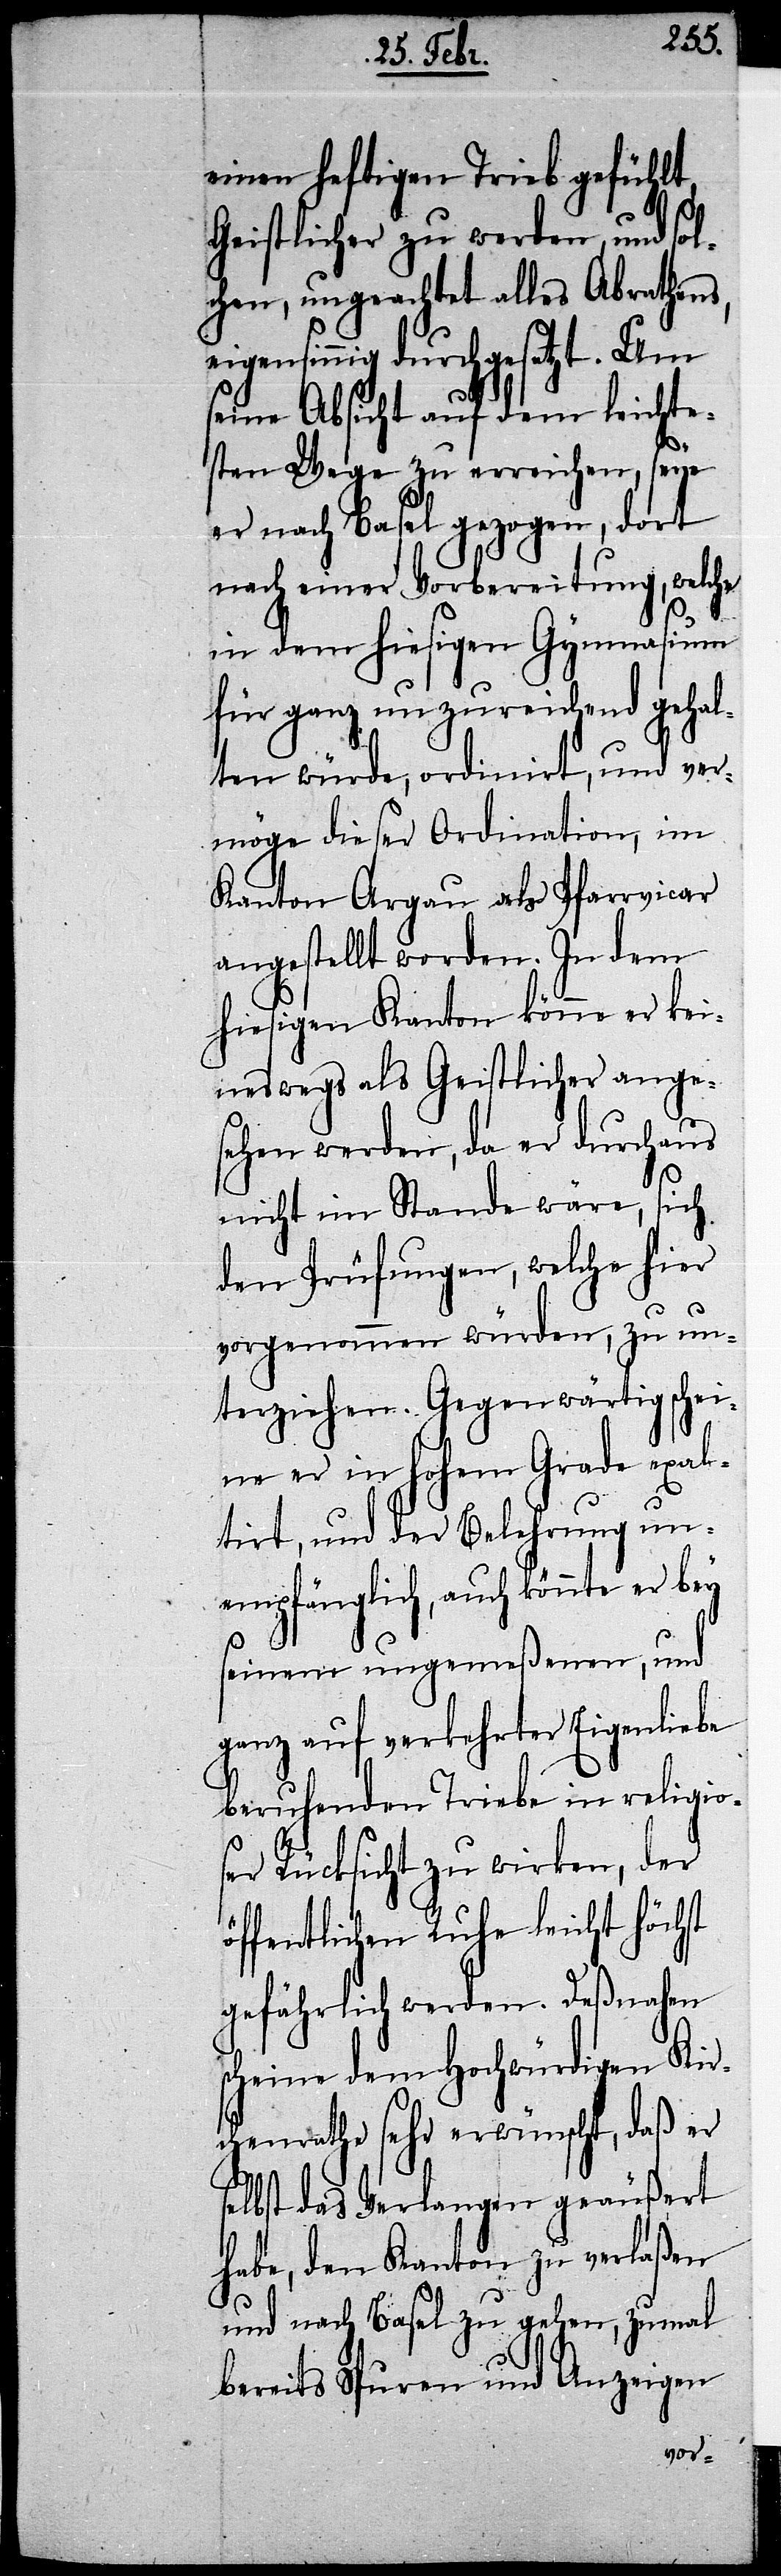
se¬
einen heftigen Trieb gefühlt,
Geistlicher zu werden, und sol¬
chen, ungeachtet alles Abrathens,
eigensinnig durchgesetzt. Um
seine Absicht auf dem leichte¬
sten Wege zu erreichen, seye
er nach Basel gezogen, dort
nach einer Vorbereitung, welche
in dem hiesigen Gymnasium
für ganz unzureichend gehal¬
ten würde, ordinirt, und ver¬
möge dieser Ordination, im
Kanton Argau als Pfarrvicar
angestellt worden. In dem
hiesigen Kanton könne er kei¬
neswegs als Geistlicher ange¬
sehen werden, da er durchaus
nicht im Stande wäre, sich
den Prüfungen, welche hier
vorgenommen würden, zu un¬
terziehen. Gegenwärtig schei¬
ne er in hohem Grade exal¬
tirt, und der Belehrung un¬
empfänglich, auch könnte er bey
seinem ungemeßenen, und
ganz auf verkehrter Eigenliebe
beruhenden Triebe in religio¬
ser Rücksicht zu wirken, der
öffentlichen Ruhe leicht höchst
gefährlich werden. Deßnahen
scheine dem Hochwürdigen Kir¬
chenrathe sehr erwünscht, daß er
lbst das Verlangen geäußert
habe, den Kanton zu verlaßen
und nach Basel zu gehen, zumal
bereits Spuren und Anzeigen